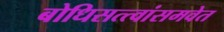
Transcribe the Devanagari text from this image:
बोधिसत्त्वांसमवेत